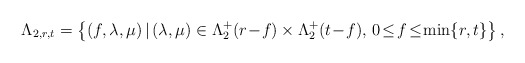
\begin{align*} \Lambda_{2, r,t} = \left\{ (f,\lambda, \mu )\,|\, (\lambda, \mu) \in \Lambda_2^+(r\!-\!f)\times \Lambda_2^+(t\!-\!f),\, 0\!\le\! f\! \le\! \min \{r,t \} \right\},\end{align*}